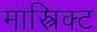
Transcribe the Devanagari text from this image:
मास्त्रिक्ट